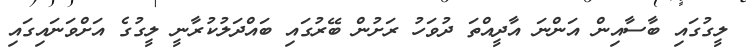
ލީގުގައި ބާސާއިން އަންނަ އާދީއްތަ ދުވަހު ރަށުން ބޭރުގައި ބައްދަލުކުރާނީ ލީގުގެ އަށްވަނައިގައި